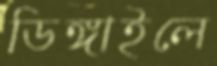
ডিঙ্গাইলে